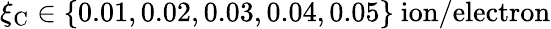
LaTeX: \xi_{\mathrm{C}}\in\{ 0.01,0.02,0.03,0.04,0.05\} ~\mathrm{ion/electron}